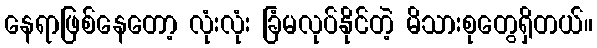
နေရာဖြစ်နေတော့ လုံးလုံး ခြံမလုပ်နိုင်တဲ့ မိသားစုတွေရှိတယ်။